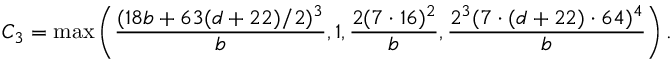
C _ { 3 } = \operatorname* { m a x } \left( \frac { ( 1 8 b + 6 3 ( d + 2 2 ) / 2 ) ^ { 3 } } { b } , 1 , \frac { 2 ( 7 \cdot 1 6 ) ^ { 2 } } { b } , \frac { 2 ^ { 3 } ( 7 \cdot ( d + 2 2 ) \cdot 6 4 ) ^ { 4 } } { b } \right) .